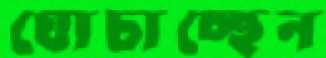
ঘোচাচ্ছেন